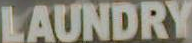
LAUNDRY